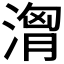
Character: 𣺷